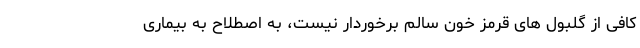
کافی از گلبول ‌های قرمز خون سالم برخوردار نیست، به اصطلاح به بیماری